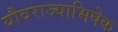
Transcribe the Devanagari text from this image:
यौवराज्याभिषेक